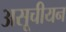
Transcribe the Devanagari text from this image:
असूचीयन